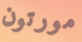
مورتون